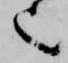
也